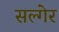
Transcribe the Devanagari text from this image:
सल्गेर